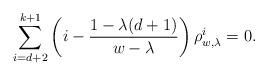
LaTeX: \begin{align*} \sum_{i=d+2}^{k+1} \left(i - \frac{1-\lambda(d+1)}{w - \lambda}\right) \rho_{w,\lambda}^i = 0 .\end{align*}